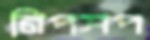
নিপসপ